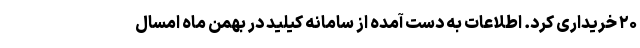
۲۰ خریداری کرد. اطلاعات به دست آمده از سامانه کیلید در بهمن ماه امسال